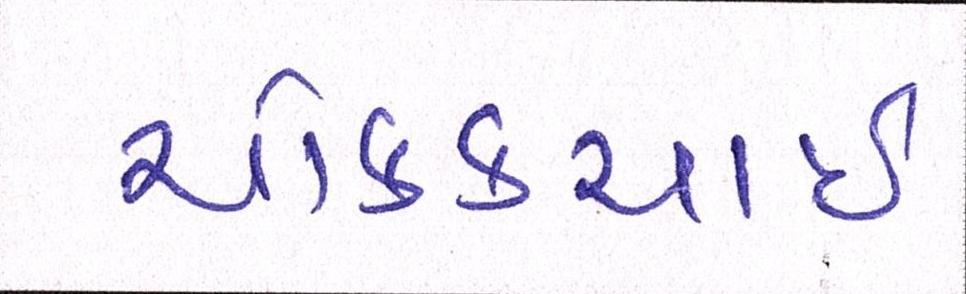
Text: ચોક્કચાઇ